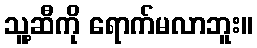
သူ့ဆီကို ရောက်မလာဘူး။